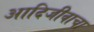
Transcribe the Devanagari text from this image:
आदिजीवाचा